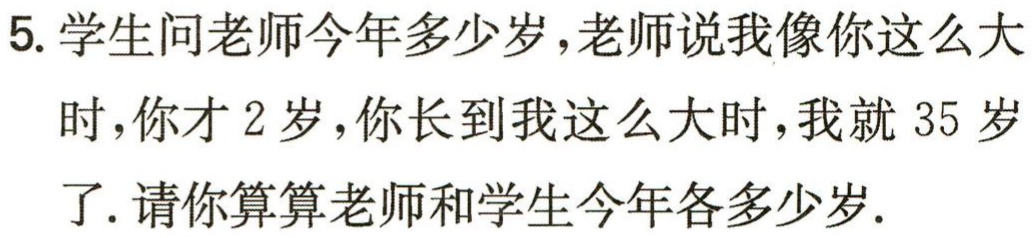
5. 学生问老师今年多少岁，老师说我像你这么大时，你才 2 岁，你长到我这么大时，我就 35 岁了. 请你算算老师和学生今年各多少岁.